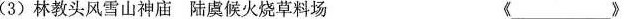
(3)林教头风雪山神庙 陆虞候火烧草料场《___》